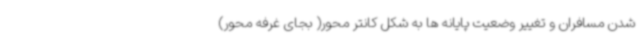
شدن مسافران و تغییر وضعیت پایانه ها به شکل کانتر محور( بجای غرفه محور)